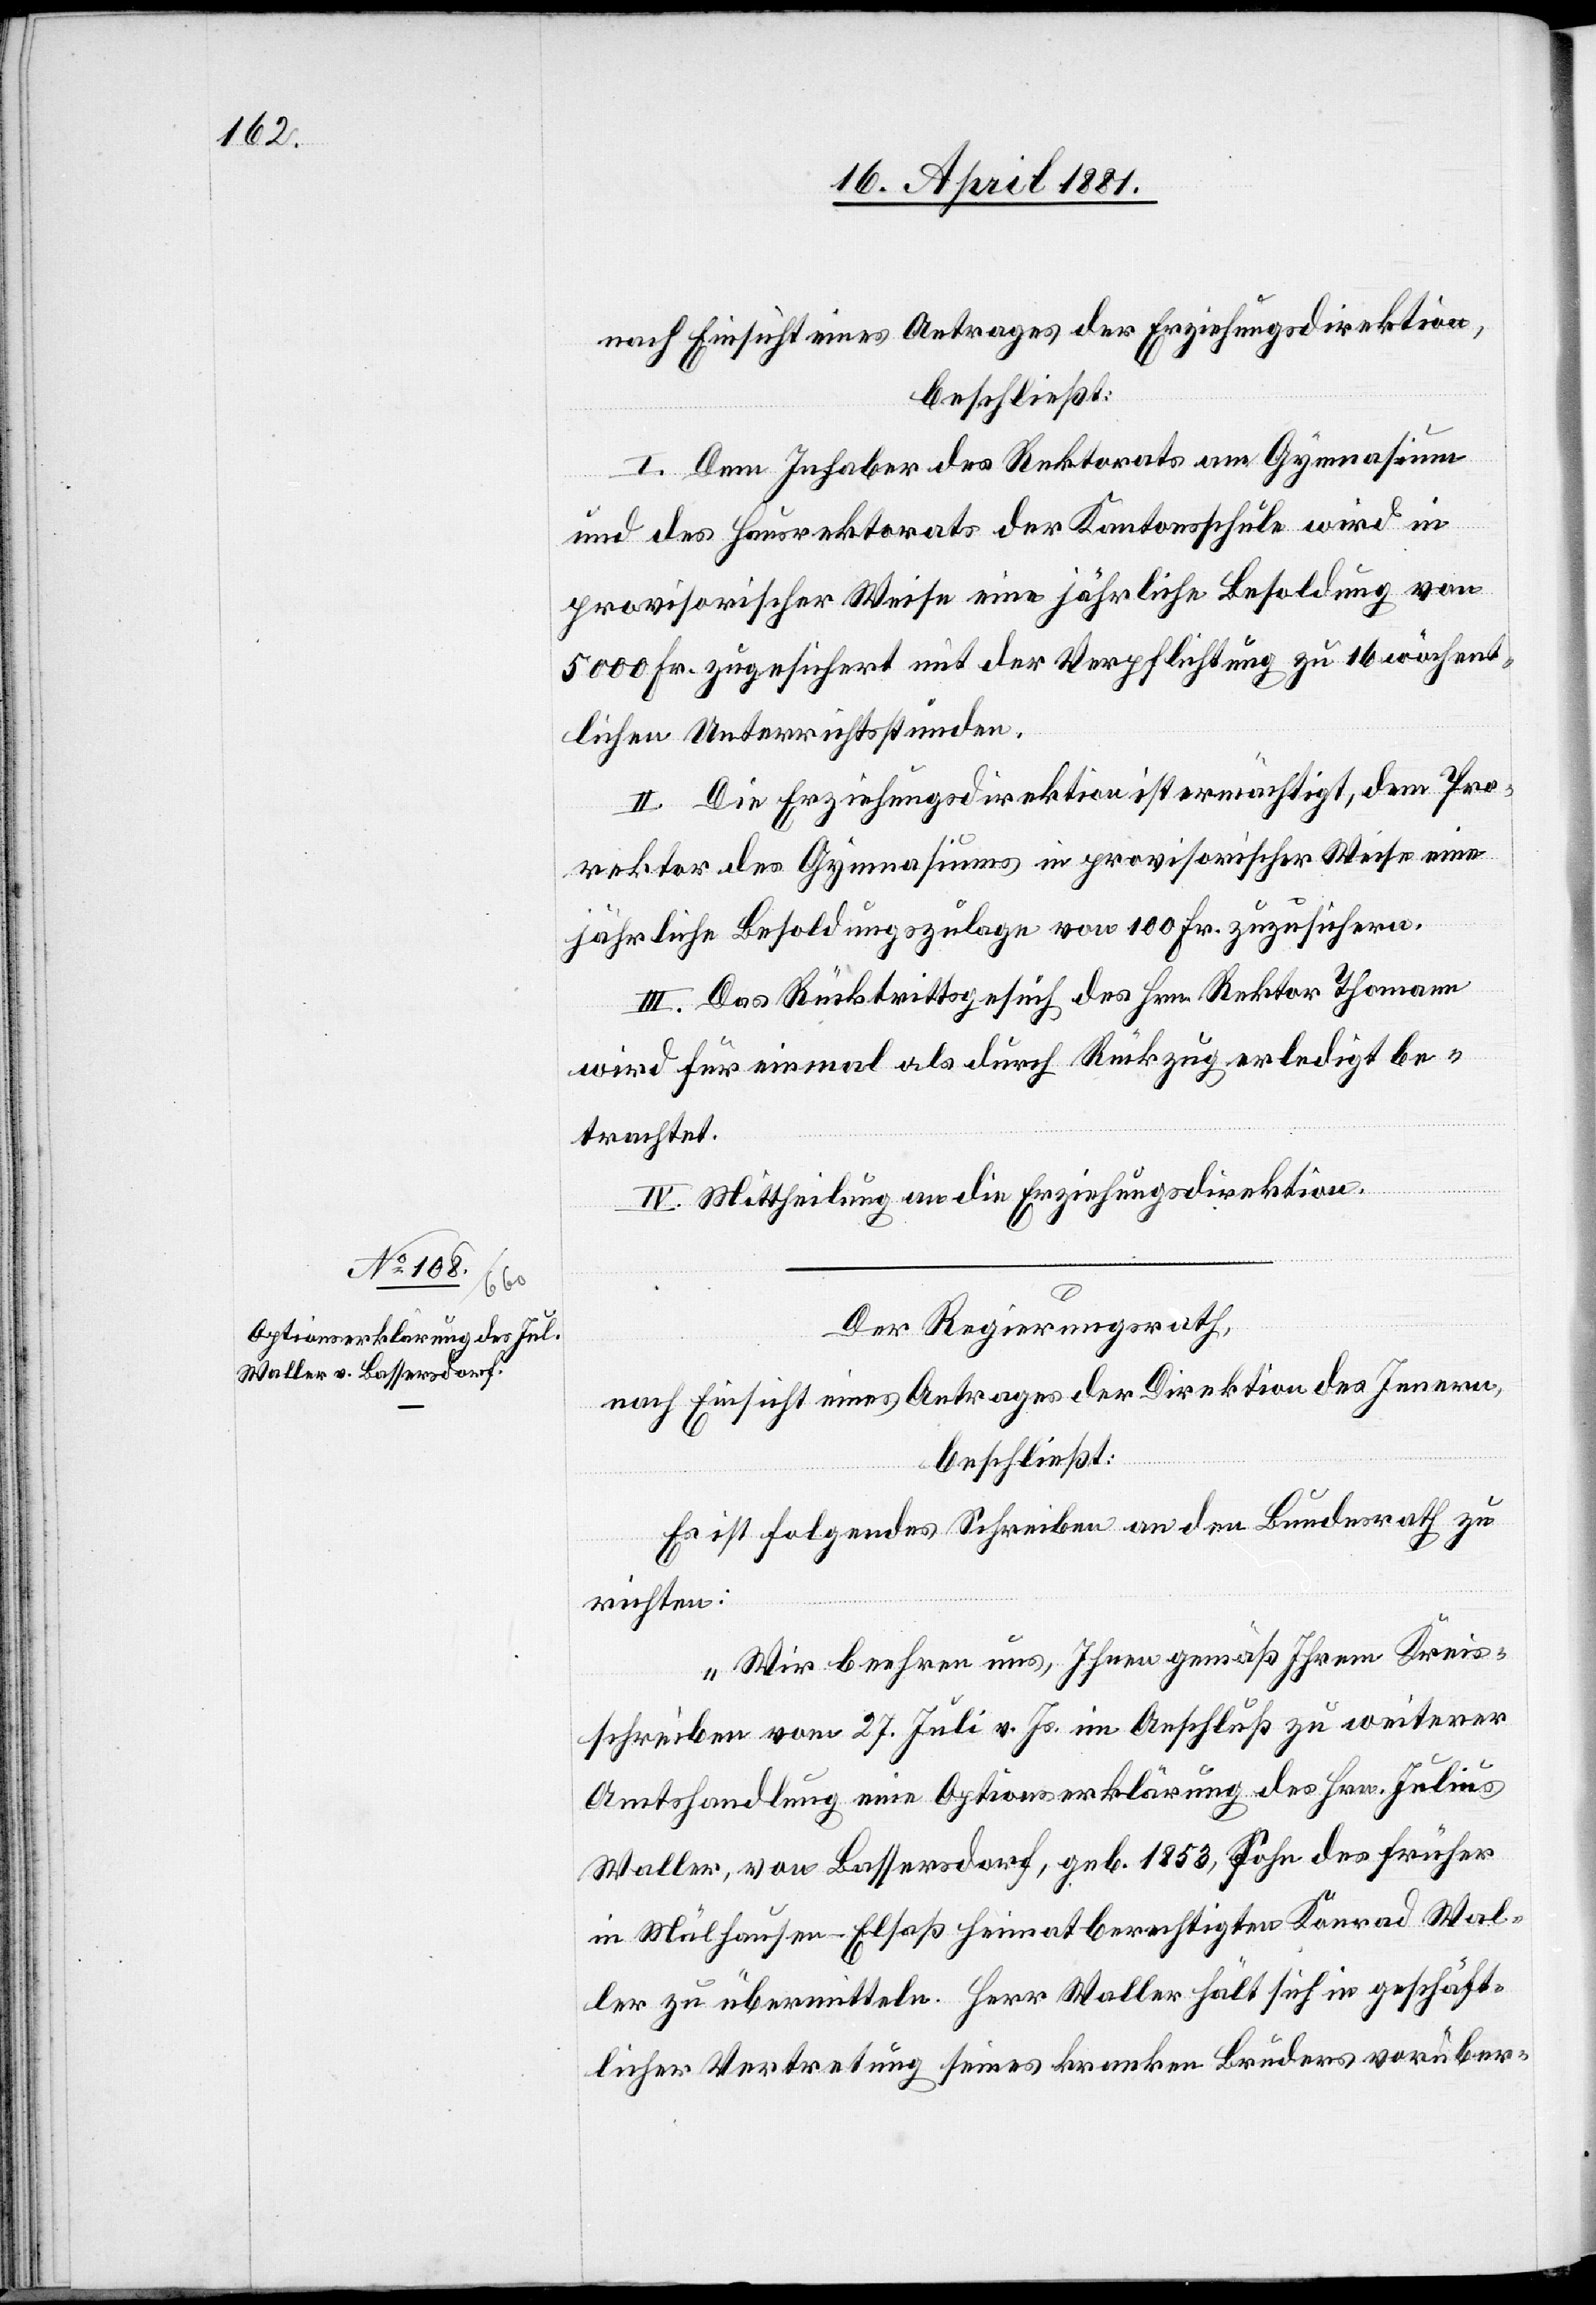
nach Einsicht eines Antrages der Erziehungsdirektion,
beschließt:
I. Dem Inhaber des Rektorats am Gymnasium
und des Hausrektorats der Kantonsschule wird in
provisorischer Weise eine jährliche Besoldung von
5000 Fr. zugesichert mit der Verpflichtung zu 16 wöchent¬
lichen Unterrichtsstunden.
II. Die Erziehungsdirektion ist ermächtigt, dem Pro¬
rektor des Gymnasiums in provisorischer Weise eine
jährliche Besoldungszulage von 100 Fr. zuzuliefern.
III. Das Rücktrittsgesuch des Hrn. Rektor Thomann
wird für einmal als durch Rückzug erledigt be¬
trachtet.
IV. Mittheilung an die Erziehungsdirektion.
Der Regierungsrath,
nach Einsicht eines Antrages der Direktion des Innern,
beschließt:
Es ist folgendes Schreiben an den Bundesrath zu
richten:
„Wir beehren uns, Ihnen gemäß Ihrem Kreis¬
schreiben vom 27. Juli v. Js. im Anschluß zu weiterer
Amtshandlung eine Optionserklärung des Hrn. Julius
Waller, von Bassersdorf, geb. 1853, Sohn des früher
in Mülhausen - Elsaß heimatberechtigten Konrad Wal¬
ler zu übermitteln. Herr Waller hält sich in geschäft¬
licher Vertretung seines kranken Bruders vorüber-